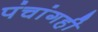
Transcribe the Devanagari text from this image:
पंचांगही